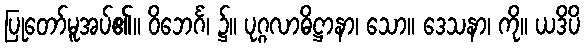
ပြုတော်မူအပ်၏။ ဝိဘေင်္ဂ၊ ၌။ ပုဂ္ဂလာဓိဋ္ဌာနာ၊ သော။ ဒေသနာ၊ ကို။ ယဒိပိ